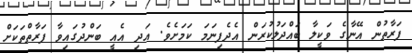
ފަރާތުން އޭނާގެ ވަކީލާ ބައްދަލުކުރަން އެދެފިނަމަ ކަމަށެވެ. އަދި އެއީ ބަންދުގައިވާ ފަރާތްތަކަށް